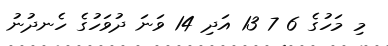
މި މަހުގެ 6 7 13 އަދި 14 ވަނަ ދުވަހުގެ ހެނދުނު